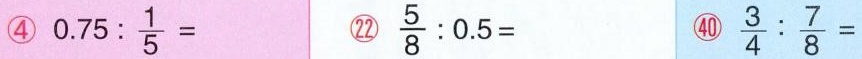
④ $$0 . 7 5 : \frac { 1 } { 5 } =$$ ㉒ $$\frac { 5 } { 8 } : 0 . 5 =$$ ㊵ $$\frac { 3 } { 4 } : \frac { 7 } { 8 } =$$